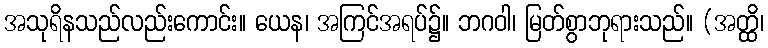
အသုရိနသည်လည်းကောင်း။ ယေန၊ အကြင်အရပ်၌။ ဘဂဝါ၊ မြတ်စွာဘုရားသည်။ (အတ္ထိ၊